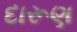
દારૂણ